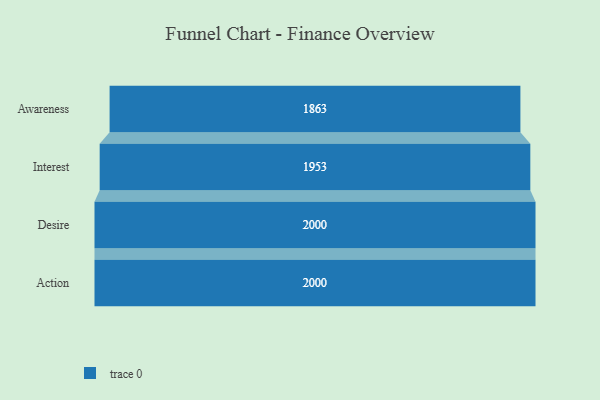
{"axis": {"x": "Stage", "y": "Value"}, "legend": [""], "data": [{"x": "Awareness", "y": 1863.0, "type": ""}, {"x": "Interest", "y": 1953.0, "type": ""}, {"x": "Desire", "y": 2000, "type": ""}, {"x": "Action", "y": 2000, "type": ""}]}